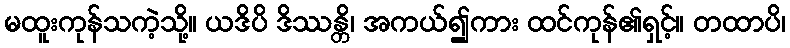
မထူးကုန်သကဲ့သို့။ ယဒိပိ ဒိဿန္တိ၊ အကယ်၍ကား ထင်ကုန်၏ရှင့်။ တထာပိ၊